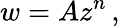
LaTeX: w=Az^{n}\, ,